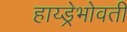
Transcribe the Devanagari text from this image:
हाय्ड्रेभोवती